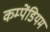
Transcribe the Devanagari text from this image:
कम्पेंडियम